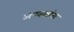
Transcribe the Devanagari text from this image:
अण्वस्त्रांना